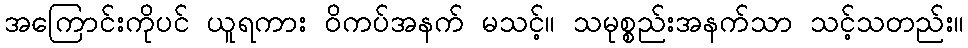
အကြောင်းကိုပင် ယူရကား ဝိကပ်အနက် မသင့်။ သမုစ္စည်းအနက်သာ သင့်သတည်း။